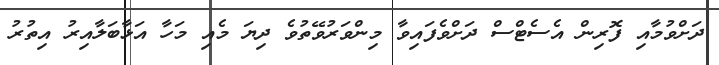
ދަށްވުމާއި ފޮރިން އެސެޓްސް ދަށްވެފައިވާ މިންވަރުވޭތުވެ ދިޔަ މެއި މަހާ އަޅާބަލާއިރު އިތުރު